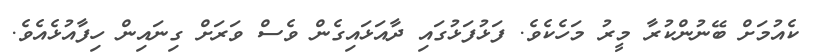
ކެއުމަށް ބޭނުންކުރާ މީރު މަހެކެވެ. ފަޅުފަޅުގައި ދާއަޅައިގެން ވެސް ވަރަށް ގިނައިން ހިފާއުޅެއެވެ.